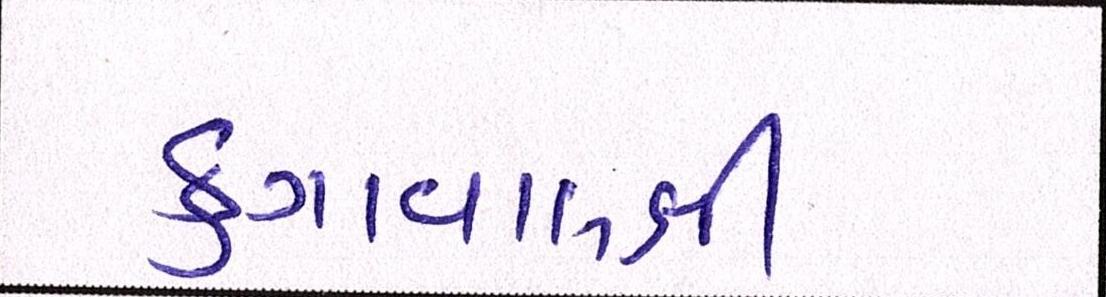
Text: ફુગાવાલક્ષી